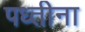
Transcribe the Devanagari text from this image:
पध्तीना